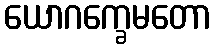
ယောဂက္ခေမတော